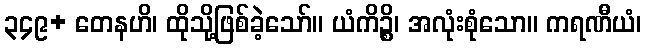
၃၄၉+ တေနဟိ၊ ထိုသို့ဖြစ်ခဲ့သော်။ ယံကိဉ္စိ၊ အလုံးစုံသော။ ကရဏီယံ၊